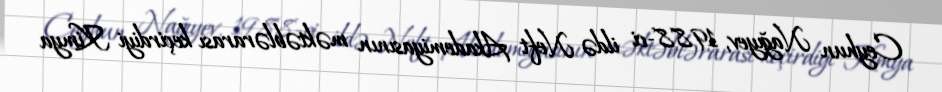
Ceyhun Nağıyev, 1988-ci ildə Neft Akademiyasının məktəblərarası keçirdiyi Kimya